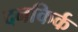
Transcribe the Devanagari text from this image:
दनकिर्क